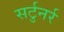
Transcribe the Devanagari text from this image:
सर्टुनर्र